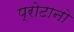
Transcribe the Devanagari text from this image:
प्रोटानो